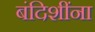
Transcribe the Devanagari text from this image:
बंदिशींना